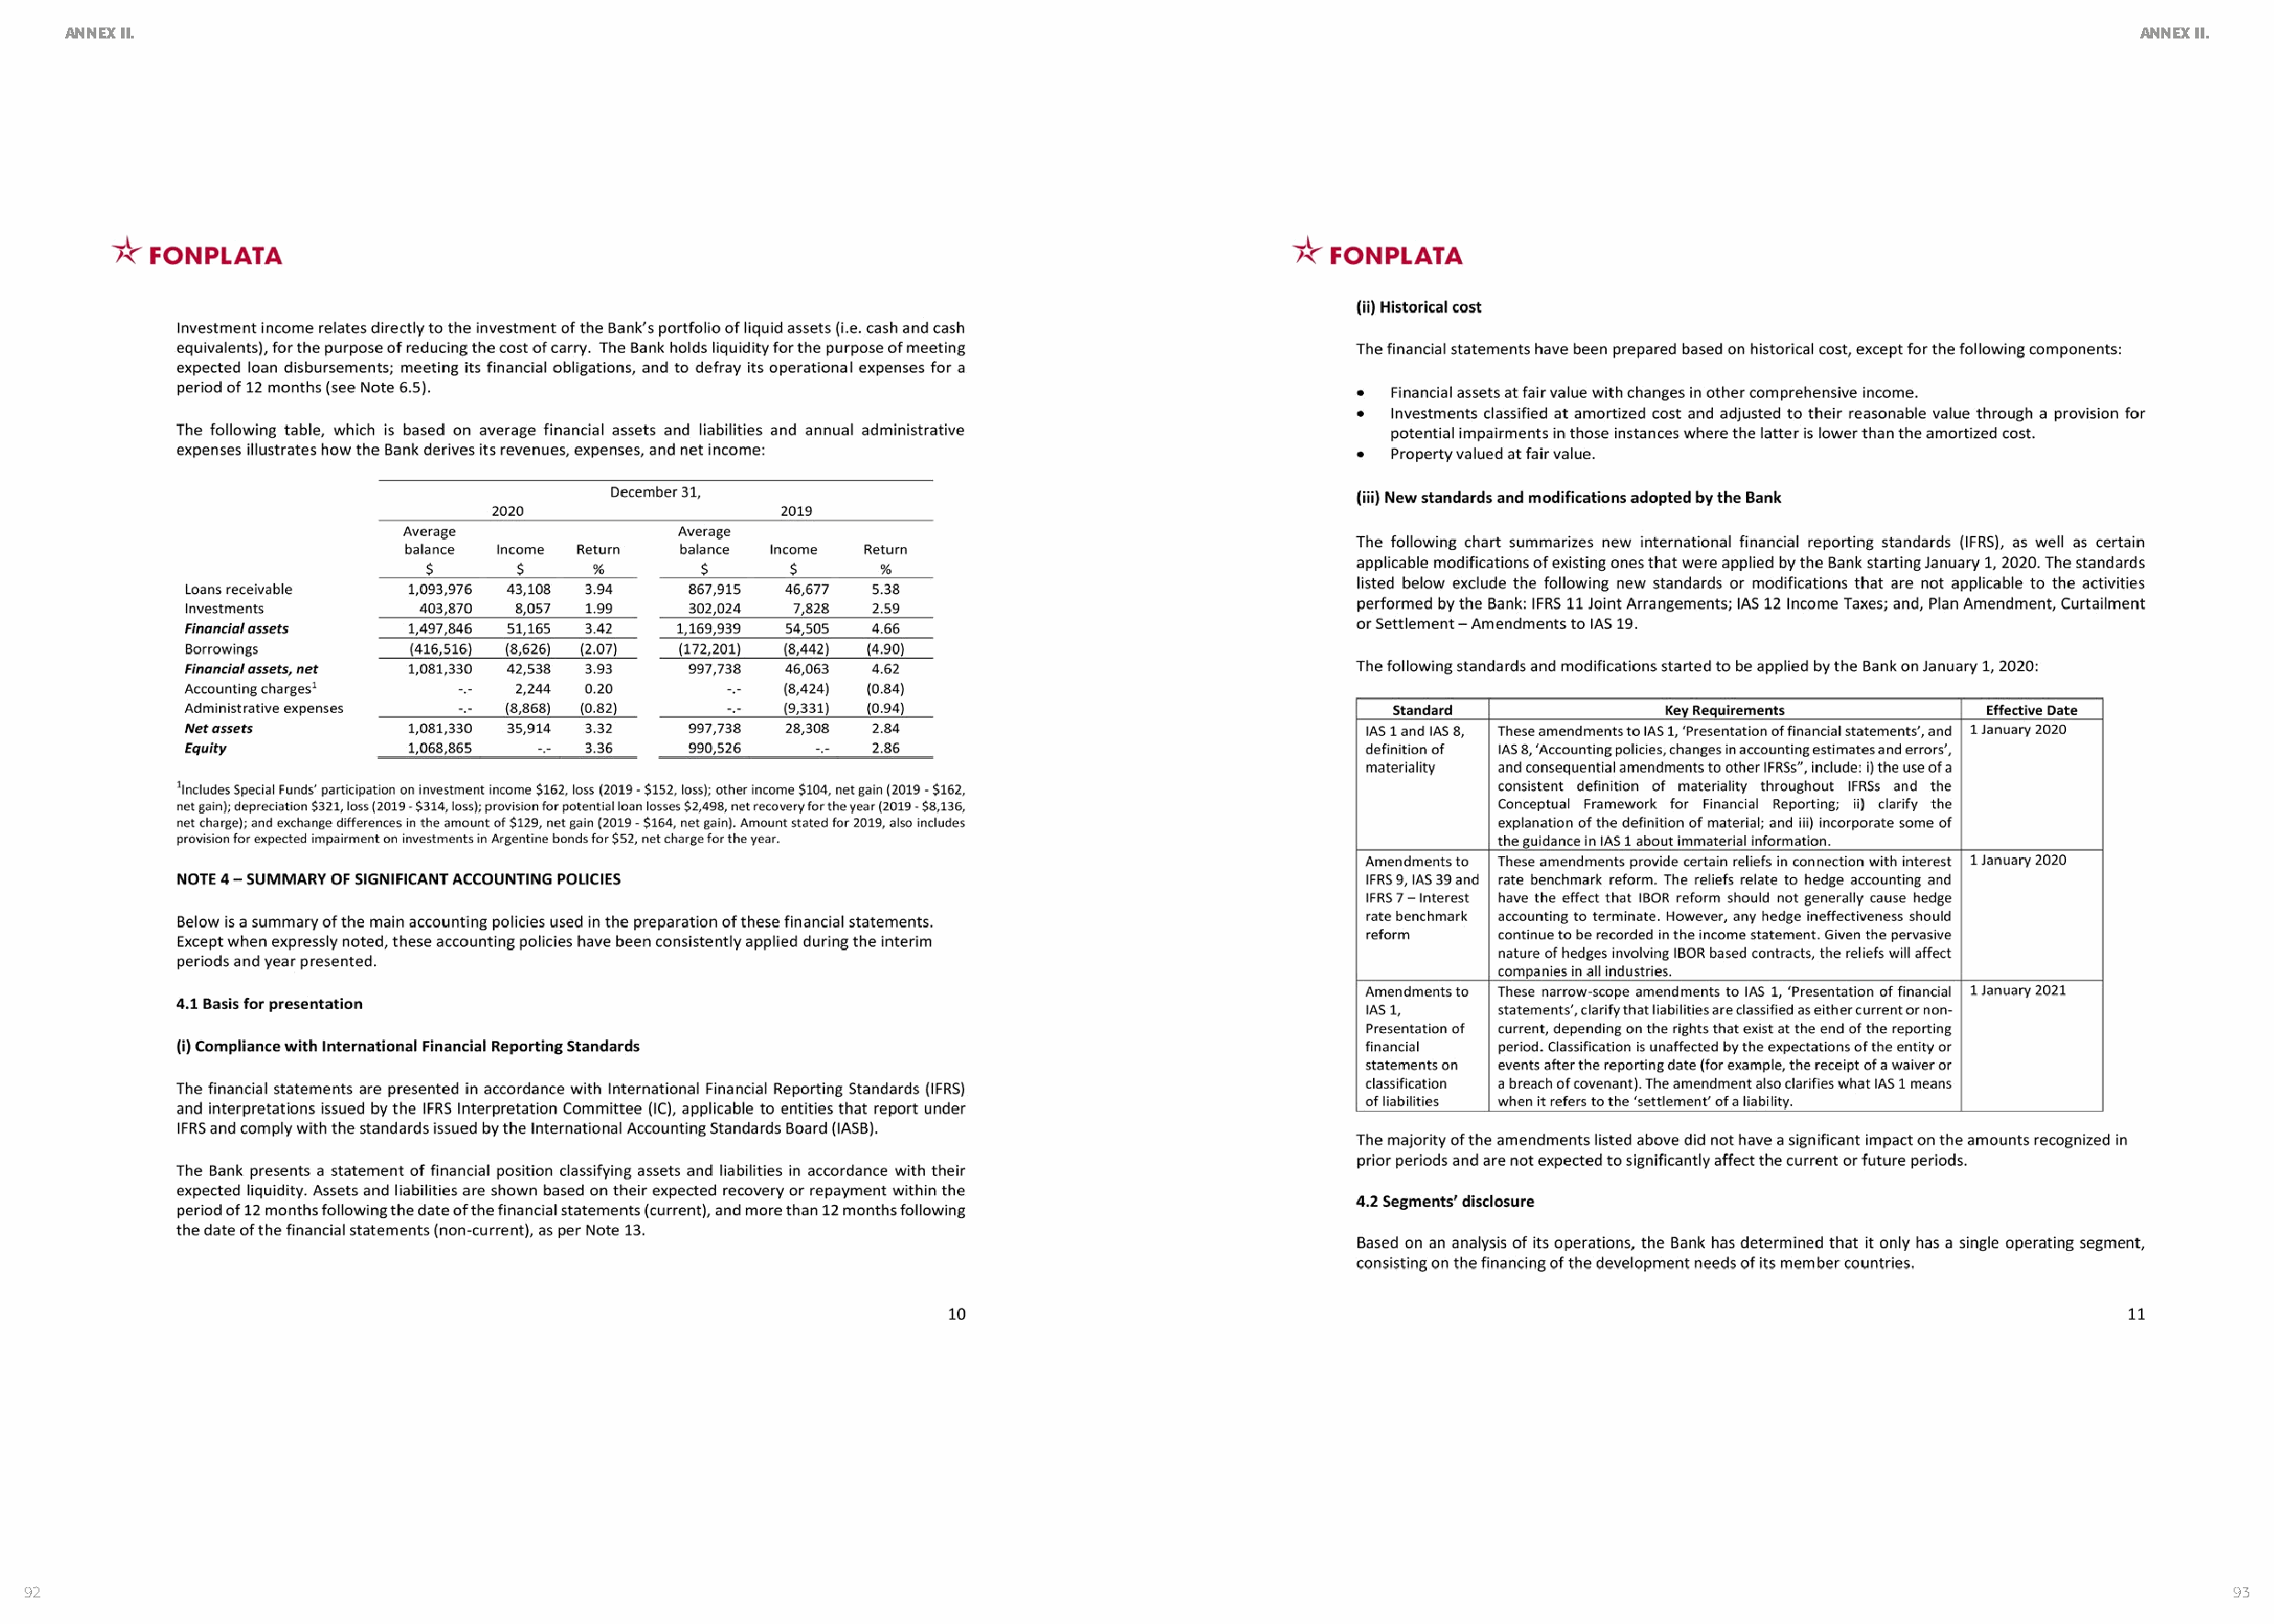
ANNEX II.                                                                                                                                             ANNEX II.
 92                                                                                                                                                             93